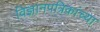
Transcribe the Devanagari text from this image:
विज्ञानपत्रिकांच्या